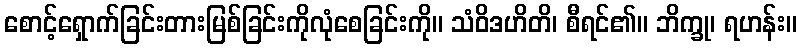
စောင့်ရှောက်ခြင်းတားမြစ်ခြင်းကိုလုံစေခြင်းကို။ သံဝိဒဟိတိ၊ စီရင်၏။ ဘိက္ခု၊ ရဟန်း။